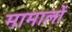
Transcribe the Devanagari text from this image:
मामालों